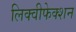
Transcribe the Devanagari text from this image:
लिक्वीफेक्शन